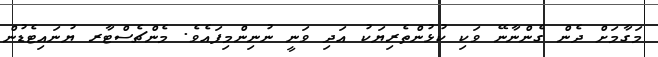
މަގާމަށް ދެން ގެންނާނޭ ވަކި ކުޅުންތެރިޔަކު އަދި ވަނީ ނުނިންމިފައެވެ. މެންޗެސްޓާރ ޔުނައިޓެޑުން